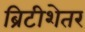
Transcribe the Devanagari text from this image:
ब्रिटीशेतर